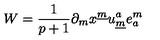
W = { \frac { 1 } { p + 1 } } \partial _ { m } x ^ { \underline { m } } u _ { \underline { m } } ^ { a } e _ { a } ^ { m }